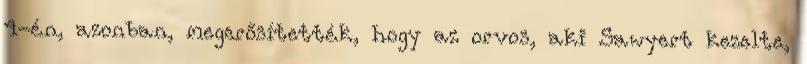
4-én, azonban, megerősítették, hogy az orvos, aki Sawyert kezelte,